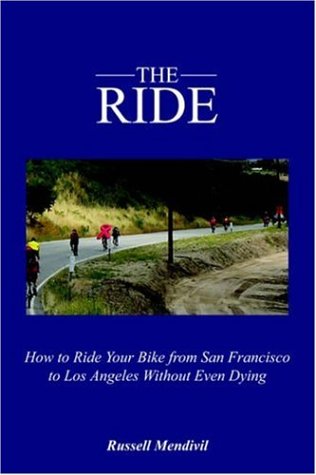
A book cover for The Ride: How to Ride Your Bike from San Francisco to Los Angeles Without Even Dying; Russell Mendivil; Health, Fitness & Dieting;